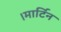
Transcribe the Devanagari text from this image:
।मार्टिन